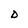
Character: D